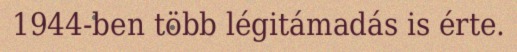
1944-ben több légitámadás is érte.